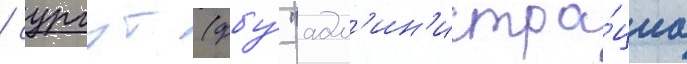
/ сургут (фбу́ "адм'ин'истра́циа